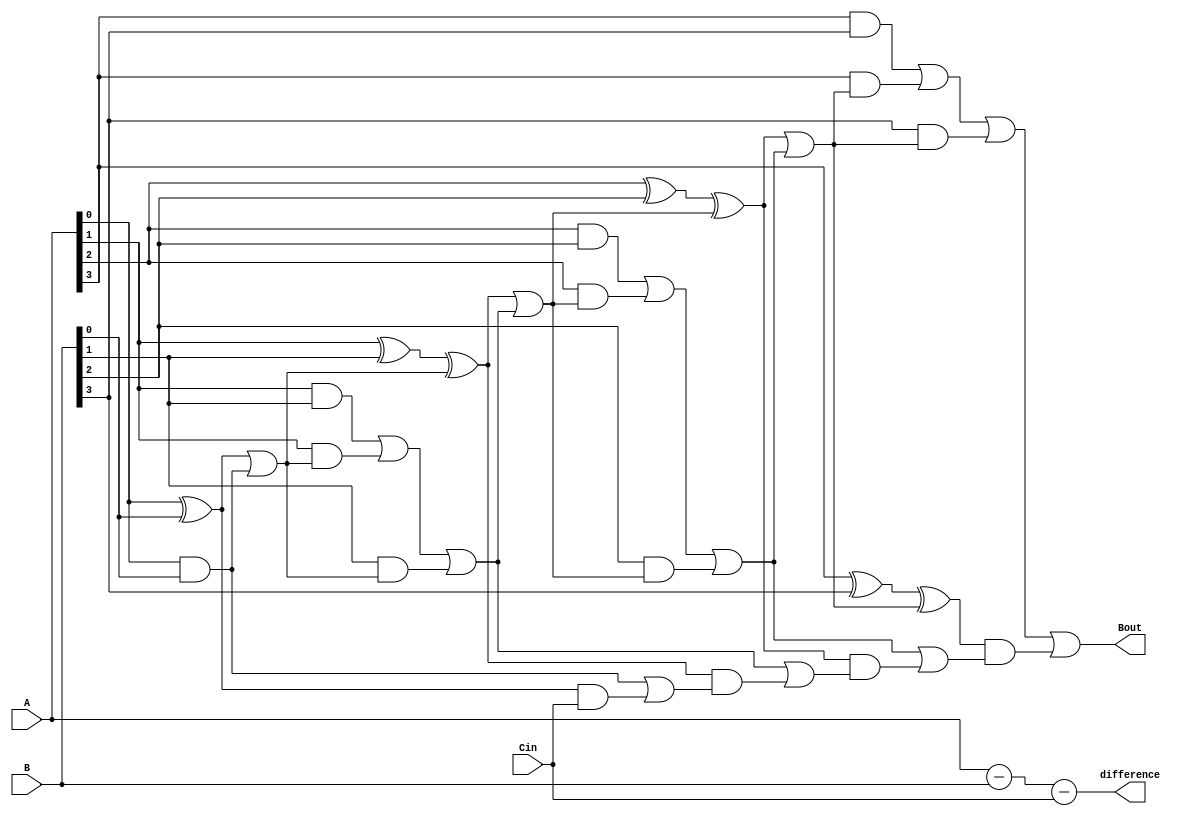
module carry_lookahead_subtractor (
    input wire [3:0] A,
    input wire [3:0] B,
    input wire Cin,
    output reg [3:0] difference,
    output reg Bout
);

reg [3:0] P, G, Propagate, Generate, Carry;

assign P[0] = A[0] ^ B[0];
assign G[0] = A[0] & B[0];
assign Propagate[0] = P[0] | G[0];
assign Generate[0] = A[0] & B[0];

assign P[1] = A[1] ^ B[1] ^ Propagate[0];
assign G[1] = A[1] & B[1] | A[1] & Propagate[0] | B[1] & Propagate[0];
assign Propagate[1] = P[1] | G[1];
assign Generate[1] = A[1] & B[1] | P[1] & Propagate[0];

assign P[2] = A[2] ^ B[2] ^ Propagate[1];
assign G[2] = A[2] & B[2] | A[2] & Propagate[1] | B[2] & Propagate[1];
assign Propagate[2] = P[2] | G[2];
assign Generate[2] = A[2] & B[2] | P[2] & Propagate[1];

assign P[3] = A[3] ^ B[3] ^ Propagate[2];
assign G[3] = A[3] & B[3] | A[3] & Propagate[2] | B[3] & Propagate[2];
assign Propagate[3] = P[3] | G[3];
assign Generate[3] = A[3] & B[3] | P[3] & Propagate[2];

assign Carry[0] = Cin;
assign Carry[1] = G[0] | (P[0] & Carry[0]);
assign Carry[2] = G[1] | (P[1] & Carry[1]);
assign Carry[3] = G[2] | (P[2] & Carry[2]);
assign Bout = G[3] | (P[3] & Carry[3]);

assign difference = A - B - Cin;

endmodule